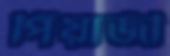
পিঁয়াজী